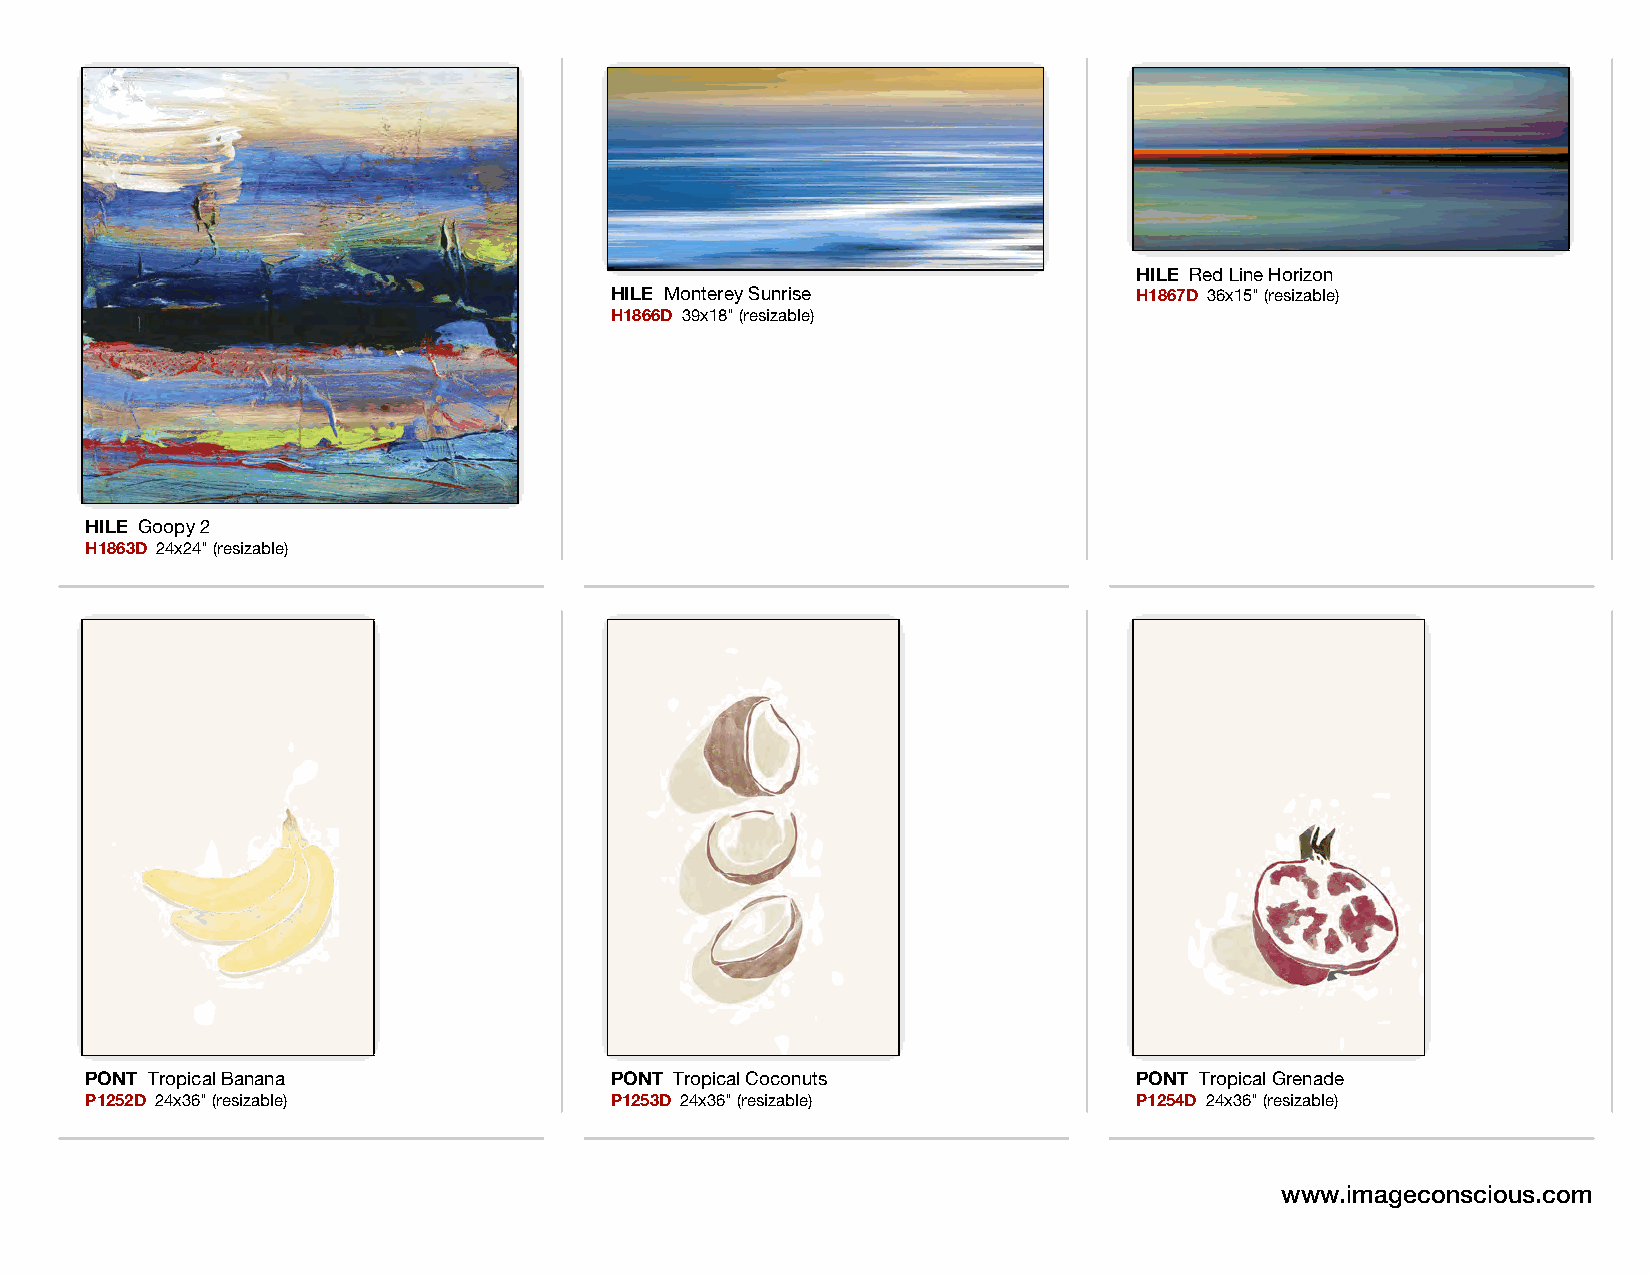
HILE Red Line Horizon
 HILE Monterey Sunrise              H1867D 36x15" (resizable)
 H1866D 39x18" (resizable)
 HILE Goopy 2
 H1863D 24x24" (resizable)
 PONT Tropical Banana              PONT Tropical Coconuts             PONT Tropical Grenade
 P1252D 24x36" (resizable)         P1253D 24x36" (resizable)          P1254D 24x36" (resizable)
 www.imageconscious.com